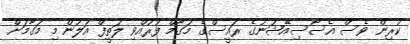
ކުރިން ވެސް އެސޯސިއޭޝަނުގެ ރައީސްގެ މަގާމް ފުރުއްވި ލަތީފް އަލުން މި މަގާމަށް